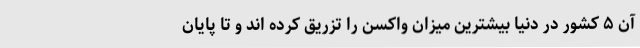
آن ۵ کشور در دنیا بیشترین میزان واکسن را تزریق کرده اند و تا پایان